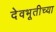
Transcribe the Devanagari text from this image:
देवभूतीच्या